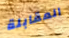
المقابلة